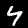
Digit: 4